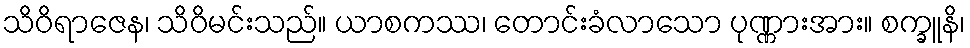
သိဝိရာဇေန၊ သိဝိမင်းသည်။ ယာစကဿ၊ တောင်းခံလာသော ပုဏ္ဏားအား။ စက္ခူနိ၊